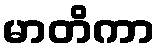
မာတိကာ